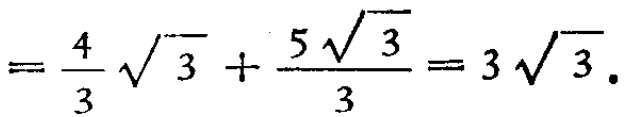
$=\frac{4}{3}\sqrt{3}+\frac{5\sqrt{3}}{3}=3\sqrt{3}.$